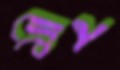
মীন